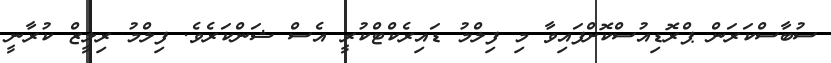
ސުބާސްކަރަން ޕްރޮޑިއުސްކޮށްފައިވާ މި ފިލްމު ޑައިރެކްޓްކުރީ އެސް ޝަންކަރެވެ. ފިލްމު ރިލީޒް ކުރާނީ